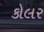
કોલર